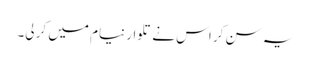
یہ سن کر اس نے تلوار نیام میں کر لی۔